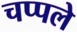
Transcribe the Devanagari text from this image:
चप्पले